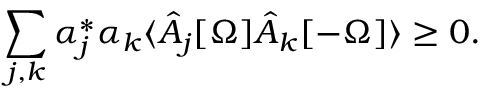
\sum _ { j , k } \alpha _ { j } ^ { * } \alpha _ { k } \langle \hat { A } _ { j } [ \Omega ] \hat { A } _ { k } [ - \Omega ] \rangle \geq 0 .